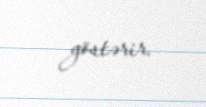
göstərir.